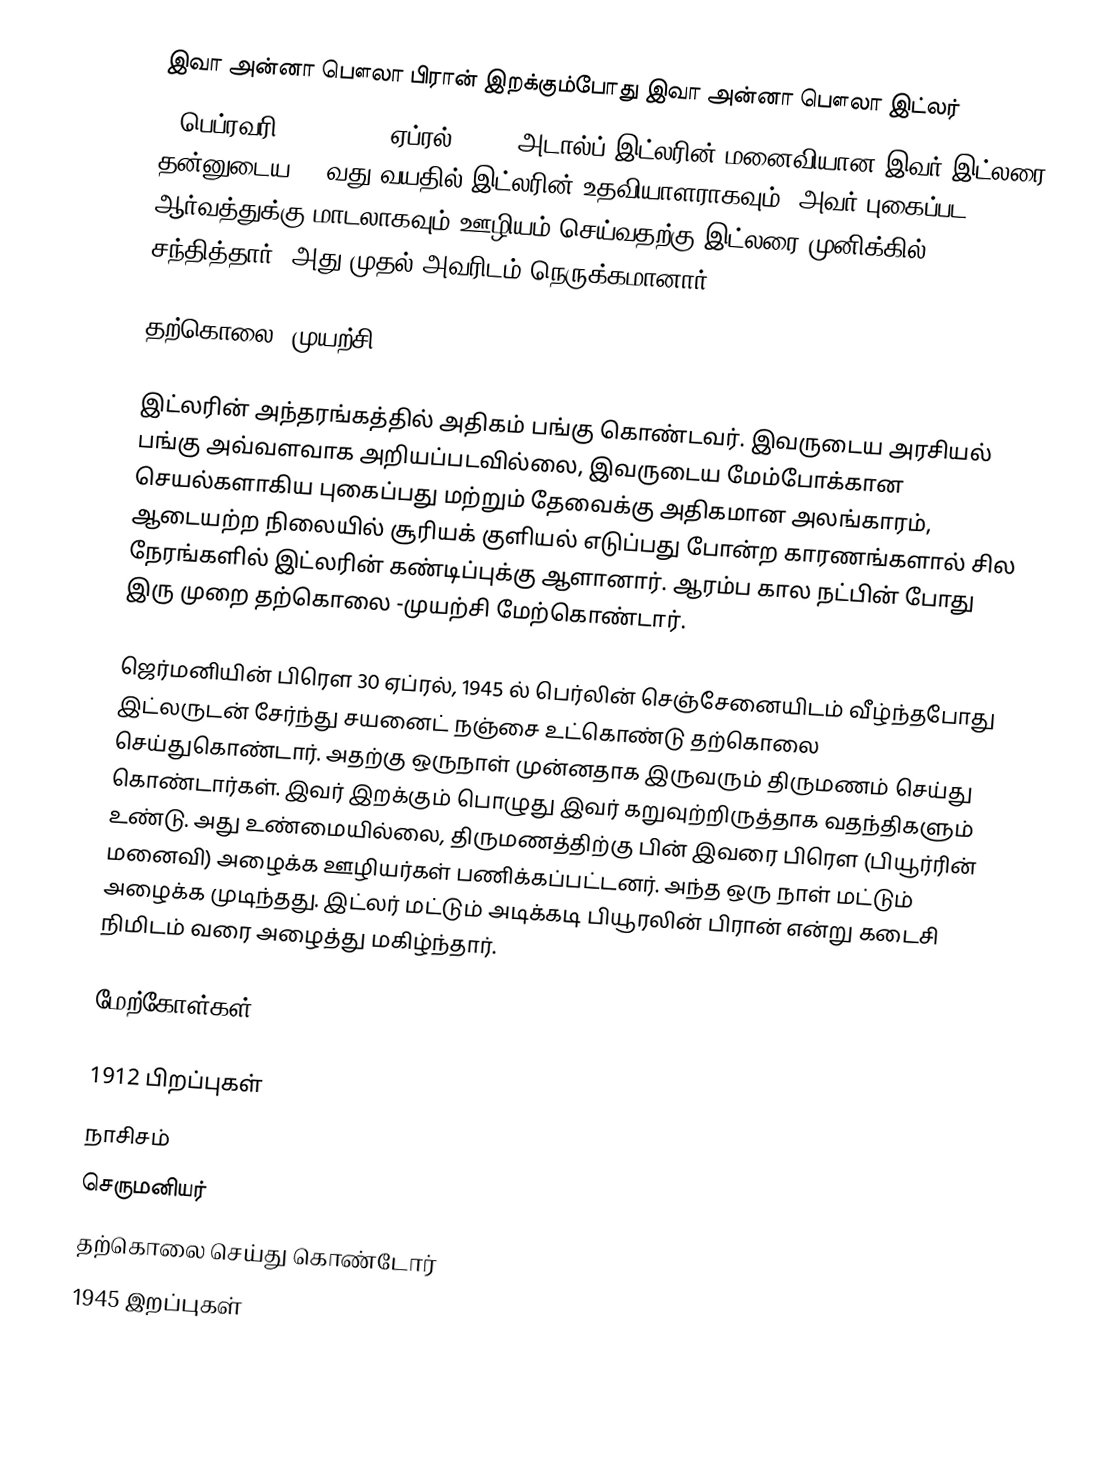
இவா அன்னா பௌலா பிரான் இறக்கும்போது இவா அன்னா பௌலா இட்லர்
( பெப்ரவரி 6, 1912-30 ஏப்ரல் 1945) அடால்ப் இட்லரின்  மனைவியான இவர் இட்லரை தன்னுடைய 17 வது வயதில் இட்லரின் உதவியாளராகவும், அவர் புகைப்பட ஆர்வத்துக்கு மாடலாகவும் ஊழியம் செய்வதற்கு இட்லரை முனிக்கில் சந்தித்தார். அது முதல் அவரிடம் நெருக்கமானார்.

தற்கொலை -முயற்சி

இட்லரின் அந்தரங்கத்தில் அதிகம் பங்கு கொண்டவர். இவருடைய அரசியல் பங்கு அவ்வளவாக அறியப்படவில்லை, இவருடைய மேம்போக்கான செயல்களாகிய புகைப்பது மற்றும் தேவைக்கு அதிகமான அலங்காரம், ஆடையற்ற நிலையில் சூரியக் குளியல் எடுப்பது போன்ற காரணங்களால் சில நேரங்களில் இட்லரின் கண்டிப்புக்கு ஆளானார். ஆரம்ப கால நட்பின் போது இரு முறை தற்கொலை -முயற்சி மேற்கொண்டார்.

ஜெர்மனியின் பிரௌ 30 ஏப்ரல், 1945 ல் பெர்லின் செஞ்சேனையிடம் வீழ்ந்தபோது இட்லருடன் சேர்ந்து சயனைட் நஞ்சை உட்கொண்டு தற்கொலை செய்துகொண்டார். அதற்கு ஒருநாள் முன்னதாக இருவரும் திருமணம் செய்து கொண்டார்கள். இவர் இறக்கும் பொழுது இவர் கறுவுற்றிருத்தாக வதந்திகளும் உண்டு. அது உண்மையில்லை, திருமணத்திற்கு பின் இவரை பிரௌ (பியூர்ரின் மனைவி) அழைக்க ஊழியர்கள் பணிக்கப்பட்டனர். அந்த ஒரு நாள் மட்டும் அழைக்க முடிந்தது. இட்லர் மட்டும் அடிக்கடி பியூரலின் பிரான் என்று கடைசி நிமிடம் வரை அழைத்து மகிழ்ந்தார்.

மேற்கோள்கள்

1912 பிறப்புகள்
நாசிசம்
செருமனியர்
தற்கொலை செய்து கொண்டோர்
1945 இறப்புகள்